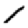
Digit: 1